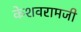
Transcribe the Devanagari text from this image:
केशवरामजी